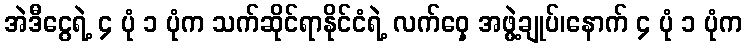
အဲဒီငွေရဲ့ ၄ ပုံ ၁ ပုံက သက်ဆိုင်ရာနိုင်ငံရဲ့ လက်ဝှေ့ အဖွဲ့ချုပ်၊နောက် ၄ ပုံ ၁ ပုံက